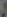
ال